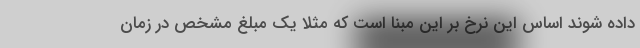
داده شوند اساس این نرخ بر این مبنا است که مثلا یک مبلغ مشخص در زمان